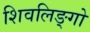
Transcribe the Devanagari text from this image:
शिवलिङ्गो